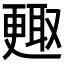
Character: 𣍇